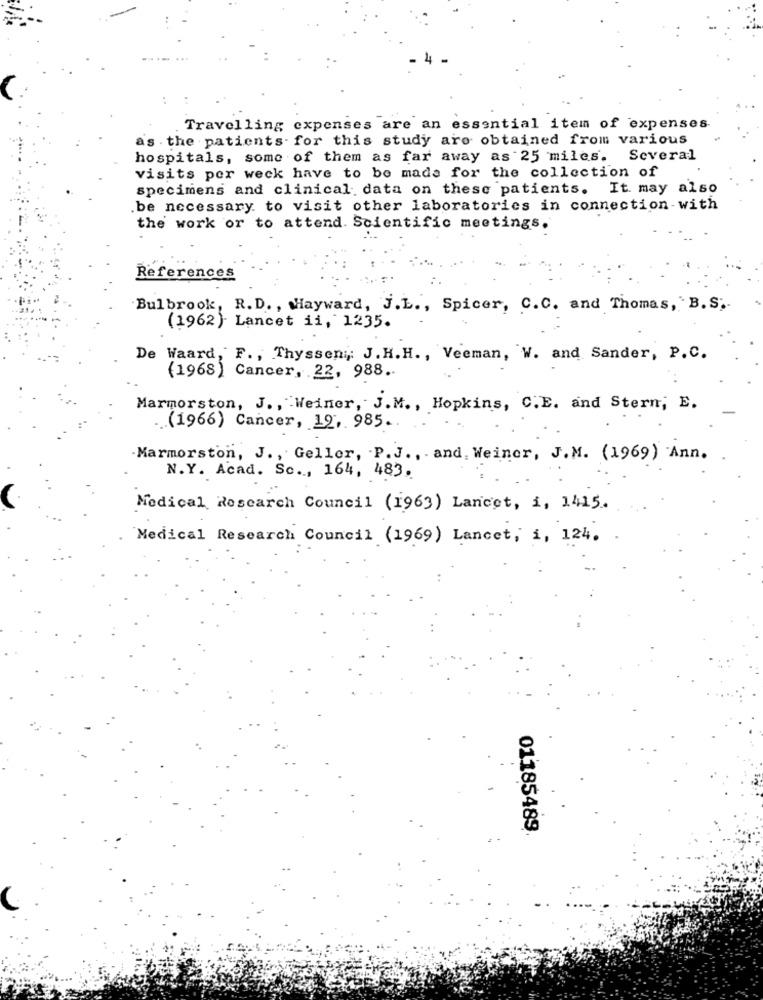
Travelling expenses are an essential item of expenses
as . the patients- for this study are obtained from various
hospitals, some of them as far away as 25 miles. Several
visits per weck have to be made for the collection of
specimens and clinical data on these patients. It may also
.be necessary. to visit other laboratories in connection with
the work or to attend. Scientific meetings.
References
Bulbrook, R.D ., Hayward, J.L ., Spicer, C.C. and Thomas, B. S.
(1962) Lancet ii, 1235.
De Waard, F ., Thysseni ;: J. H.H ., Veeman, W. and Sander, P.C.
(1968) Cancer, 22, 988.
Marmorston, J ., Weiner, J.M ., Hopkins, C.E. and Stern, E.
(1966) Cancer, 19, 985.
Marmorston, J. , Geller, P. J ., and Weiner, J.M. (1969) Ann.
N.Y. Acad. Sc ., 164, 483.
Medical Research Council (1963) Laneet, i, 1415.
"Medical Research Council (1969) Lancet, i, 124.
01185489